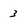
Character: 3